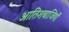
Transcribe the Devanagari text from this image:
आतिशबाजियों